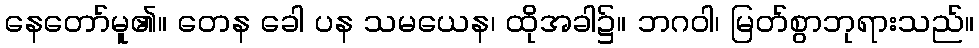
နေတော်မူ၏။ တေန ခေါ ပန သမယေန၊ ထိုအခါ၌။ ဘဂဝါ၊ မြတ်စွာဘုရားသည်။